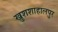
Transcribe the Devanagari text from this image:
खुशशाहालपुर